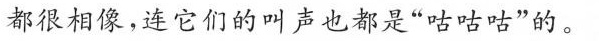
都很相像，连它们的叫声也都是"咕咕咕"的。